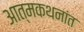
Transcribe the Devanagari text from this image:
आत्मकथनांत